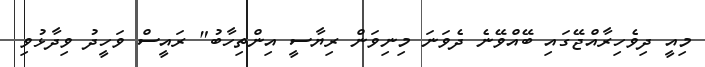
މިއީ ދިވެހިރާއްޖޭގައި ބޭއްވޭނެ ދެވަނަ މިނިވަން ރިޔާސީ އިންތިހާބު" ރައީސް ވަހީދު ވިދާޅުވި